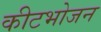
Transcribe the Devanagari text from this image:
कीटभोजन